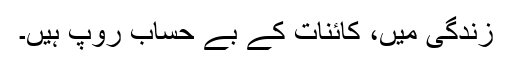
زندگی میں، کائنات کے بے حساب روپ ہیں۔